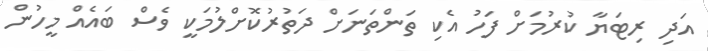
އަދި ރިޓަޔާ ކުރުމަށް ފަހު އެކި ތަންތަނަށް ދަތުރުކޮށްލުމަކީ ވެސް ބައެއް މީހުން